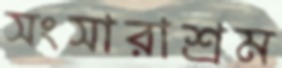
সংসারাশ্রম